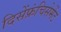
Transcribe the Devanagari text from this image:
दिसेंफ्रंचिसेमेंट